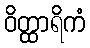
ဝိတ္ထာရိကံ